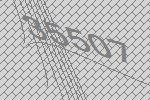
35507